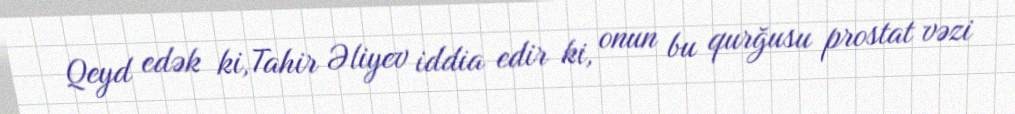
Qeyd edək ki,Tahir Əliyev iddia edir ki, onun bu qurğusu prostat vəzi